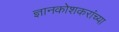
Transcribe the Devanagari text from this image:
ज्ञानकोशकरांच्या